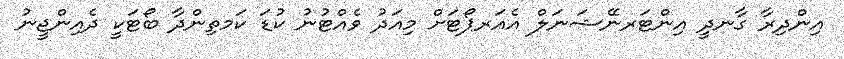
އިންދިރާ ގާނދީ އިންޓަރނޭޝަނަލް އެއަރޕޯޓަށް މިއަދު ވެއްޓުނު ކުޑަ ކަމތިންދާ ބޯޓަކީ ދެއިންޖީނު